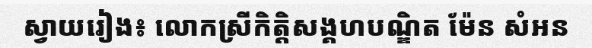
ស្វាយរៀង៖ លោកស្រីកិត្តិសង្គហបណ្ឌិត ម៉ែន សំអន